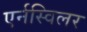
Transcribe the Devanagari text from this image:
एर्नस्विलर